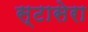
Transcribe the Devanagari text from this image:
स्टासेरा